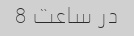
در ساعت 8